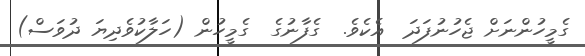
ގެމީހުންނަށް ޖެހުނުފަދަ  އެކެވެ.  ގެފާނުގެ  ގެމީހުން (ހަލާކުވެދިޔަ ދުވަސް)